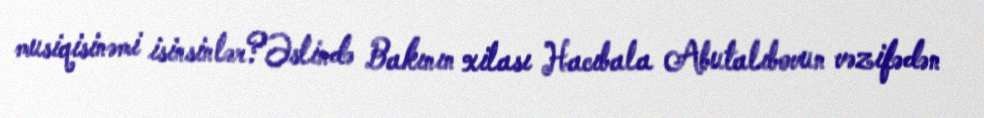
musiqisinəmi isinsinlər?Əslində Bakının xilası Hacıbala Abutalıbovun vəzifədən